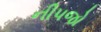
નીપજો